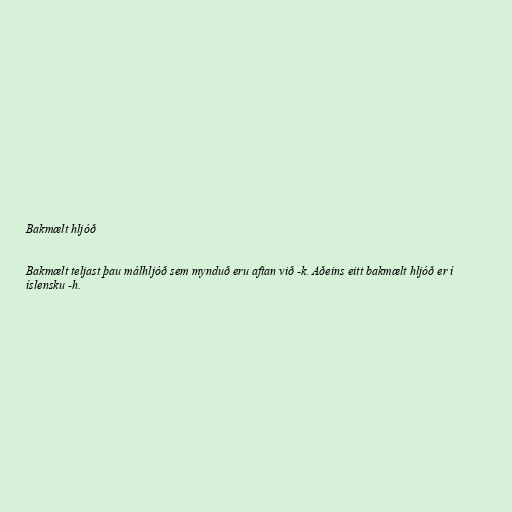
Bakmælt hljóð

Bakmælt teljast þau málhljóð sem mynduð eru aftan við -k. Aðeins eitt bakmælt hljóð er í
íslensku -h.